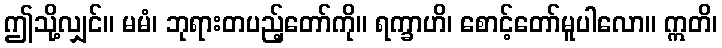
ဤသို့လျှင်။ မမံ၊ ဘုရားတပည့်တော်ကို။ ရက္ခာဟိ၊ စောင့်တော်မူပါလော။ ဣတိ၊